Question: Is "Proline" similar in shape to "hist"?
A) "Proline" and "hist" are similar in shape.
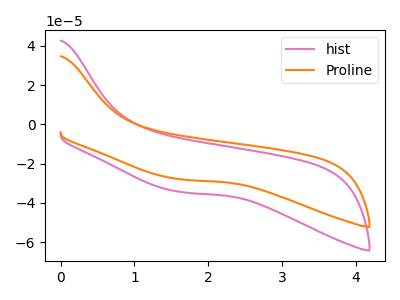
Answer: <think>The pink curve "hist" has no peaks. The orange curve "Proline" has no peaks.
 Neither "Proline" or "hist" have any peaks.</think>
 <answer>A) "Proline" and "hist" are similar in shape.</answer>
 <eval>A</eval>